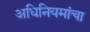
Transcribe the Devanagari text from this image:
अधिनियमांचा